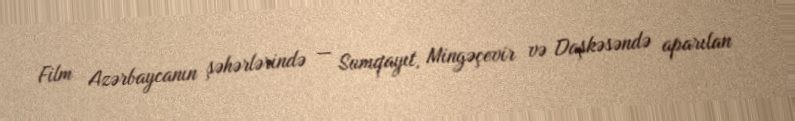
Film Azərbaycanın şəhərlərində — Sumqayıt, Mingəçevir və Daşkəsəndə aparılan